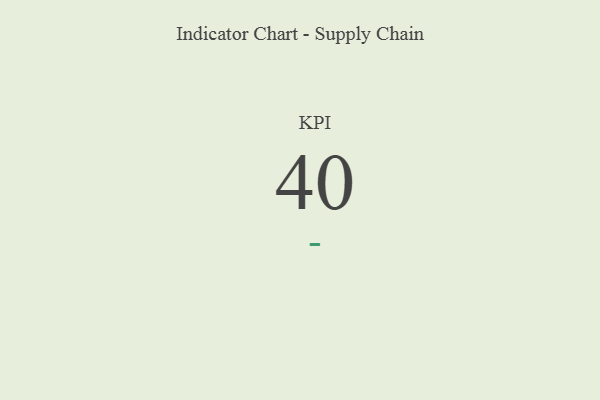
{"axis": {"x": "KPI", "y": "Value"}, "legend": [""], "data": [{"x": "KPI", "y": 40, "type": ""}]}